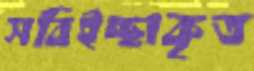
সবিইচ্ছাকৃত